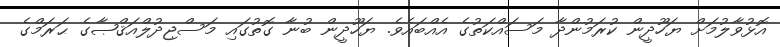
އޮޅުވާލުމަށް ޔަހޫދީން ކުރަމުންދާ މަސައްކަތުގެ އެއްބައެވެ. ޔަހޫދީން ބުނާ ގޮތުގައި މަސްޖިދުލްއަޤްޞާގެ ޙަރަމްގެ